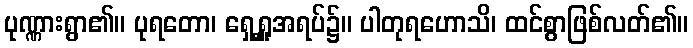
ပုဏ္ဏားရွာ၏။ ပုရတော၊ ရှေ့ရှူအရပ်၌။ ပါတုရဟောသိ၊ ထင်စွာဖြစ်လတ်၏။